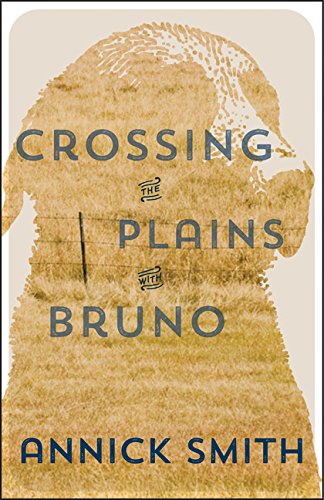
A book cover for Crossing the Plains with Bruno; Annick Smith; Crafts, Hobbies & Home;